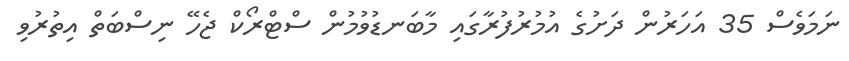
ނަމަވެސް 35 އަހަރުން ދަށުގެ އުމުރުފުރާގައި މާބަނޑުވުމުން ސްޓްރޯކް ޖެހޭ ނިސްބަތް އިތުރުވި